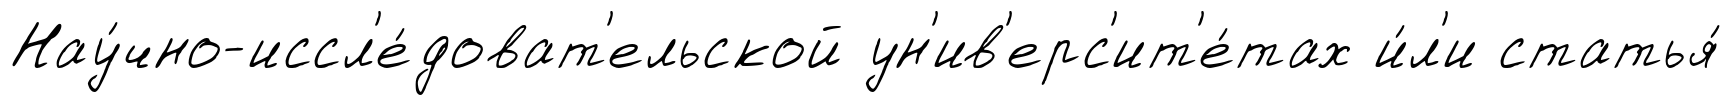
Нау́чно-иссл'е́доват'ельской ун'ив'ерс'ит'е́тах и́л'и статья́